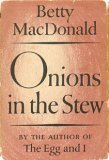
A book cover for Onions in the Stew; Betty MacDonald; Humor & Entertainment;